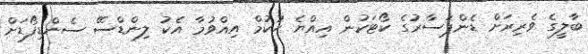
ބާލީގެ ވެރިރަށް ޑެންޕަސާރުގެ ކޯޓަކުން އިއްޔެ ހުކުމް އިއްވުމާ އެކު ލިންޑްސޭ ސެންޑިފޯޑަށް